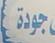
جودة